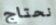
نحتاج